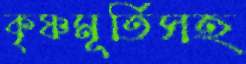
কৃষ্ণমূর্তিসহ